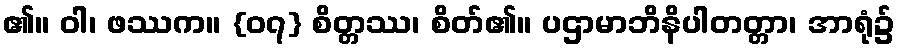
၏။ ဝါ၊ ဖဿက။ {၀၇} စိတ္တဿ၊ စိတ်၏။ ပဌာမာဘိနိပါတတ္တာ၊ အာရုံ၌